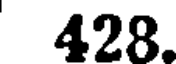
428.